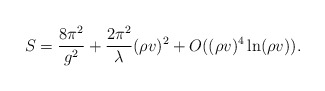
\begin{align*}S=\frac{8\pi^{2}}{g^{2}} +\frac{2\pi^{2}}{\lambda}(\rho v)^{2}+O((\rho v)^4 \ln(\rho v)).\end{align*}